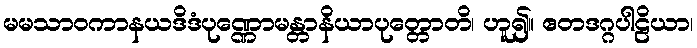
မမသာဝကာနယဒိဒံပုဏ္ဏောမန္တာနိယာပုတ္တောတိ၊ ဟူ၍။ ဧတဒဂ္ဂပါဠိယာ၊